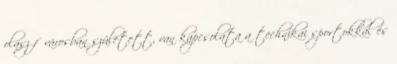
olasz fővárosban született, van kapcsolata a technikai sportokkal és